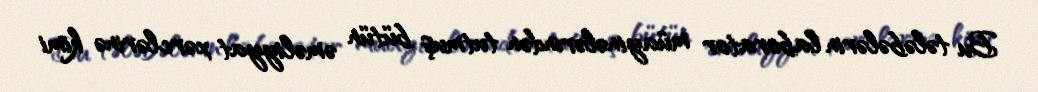
Bu tələbələrin laborator müayinələrindən tutmuş bütün əməliyyat xərclərinə kimi